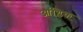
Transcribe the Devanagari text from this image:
आंग्लिक